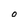
Character: 0